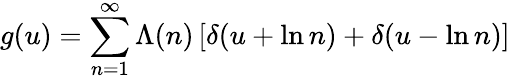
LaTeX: g(u)=\sum_{n=1}^{\infty}\Lambda(n)\left[\delta(u+\ln n)+\delta(u-\ln n)\right]